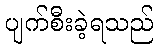
ပျက်စီးခဲ့ရသည်